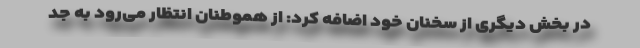
در بخش دیگری از سخنان خود اضافه کرد: از هموطنان انتظار می‌رود به جد